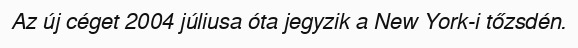
Az új céget 2004 júliusa óta jegyzik a New York-i tőzsdén.